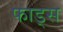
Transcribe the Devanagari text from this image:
फाड्स